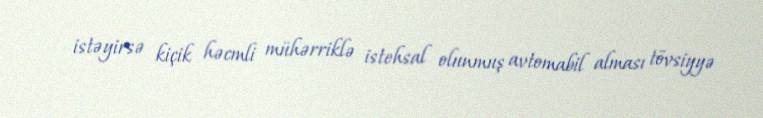
istəyirsə kiçik həcmli mühərriklə istehsal olunmuş avtomabil alması tövsiyyə